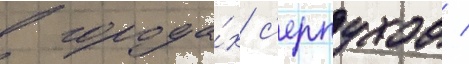
в города́х с'ерпухов /